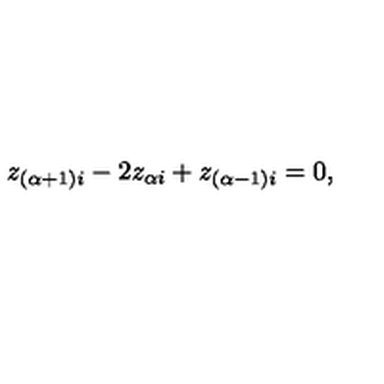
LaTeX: z _ { ( \alpha + 1 ) i } - 2 z _ { \alpha i } + z _ { ( \alpha - 1 ) i } = 0 ,